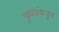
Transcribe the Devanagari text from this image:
पुस्तिकेतून